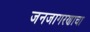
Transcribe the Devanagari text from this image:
जनजागरणाचा